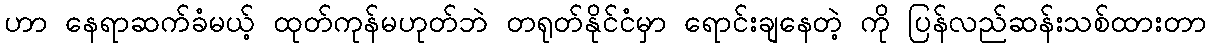
ဟာ နေရာဆက်ခံမယ့် ထုတ်ကုန်မဟုတ်ဘဲ တရုတ်နိုင်ငံမှာ ရောင်းချနေတဲ့ ကို ပြန်လည်ဆန်းသစ်ထားတာ